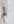
لم